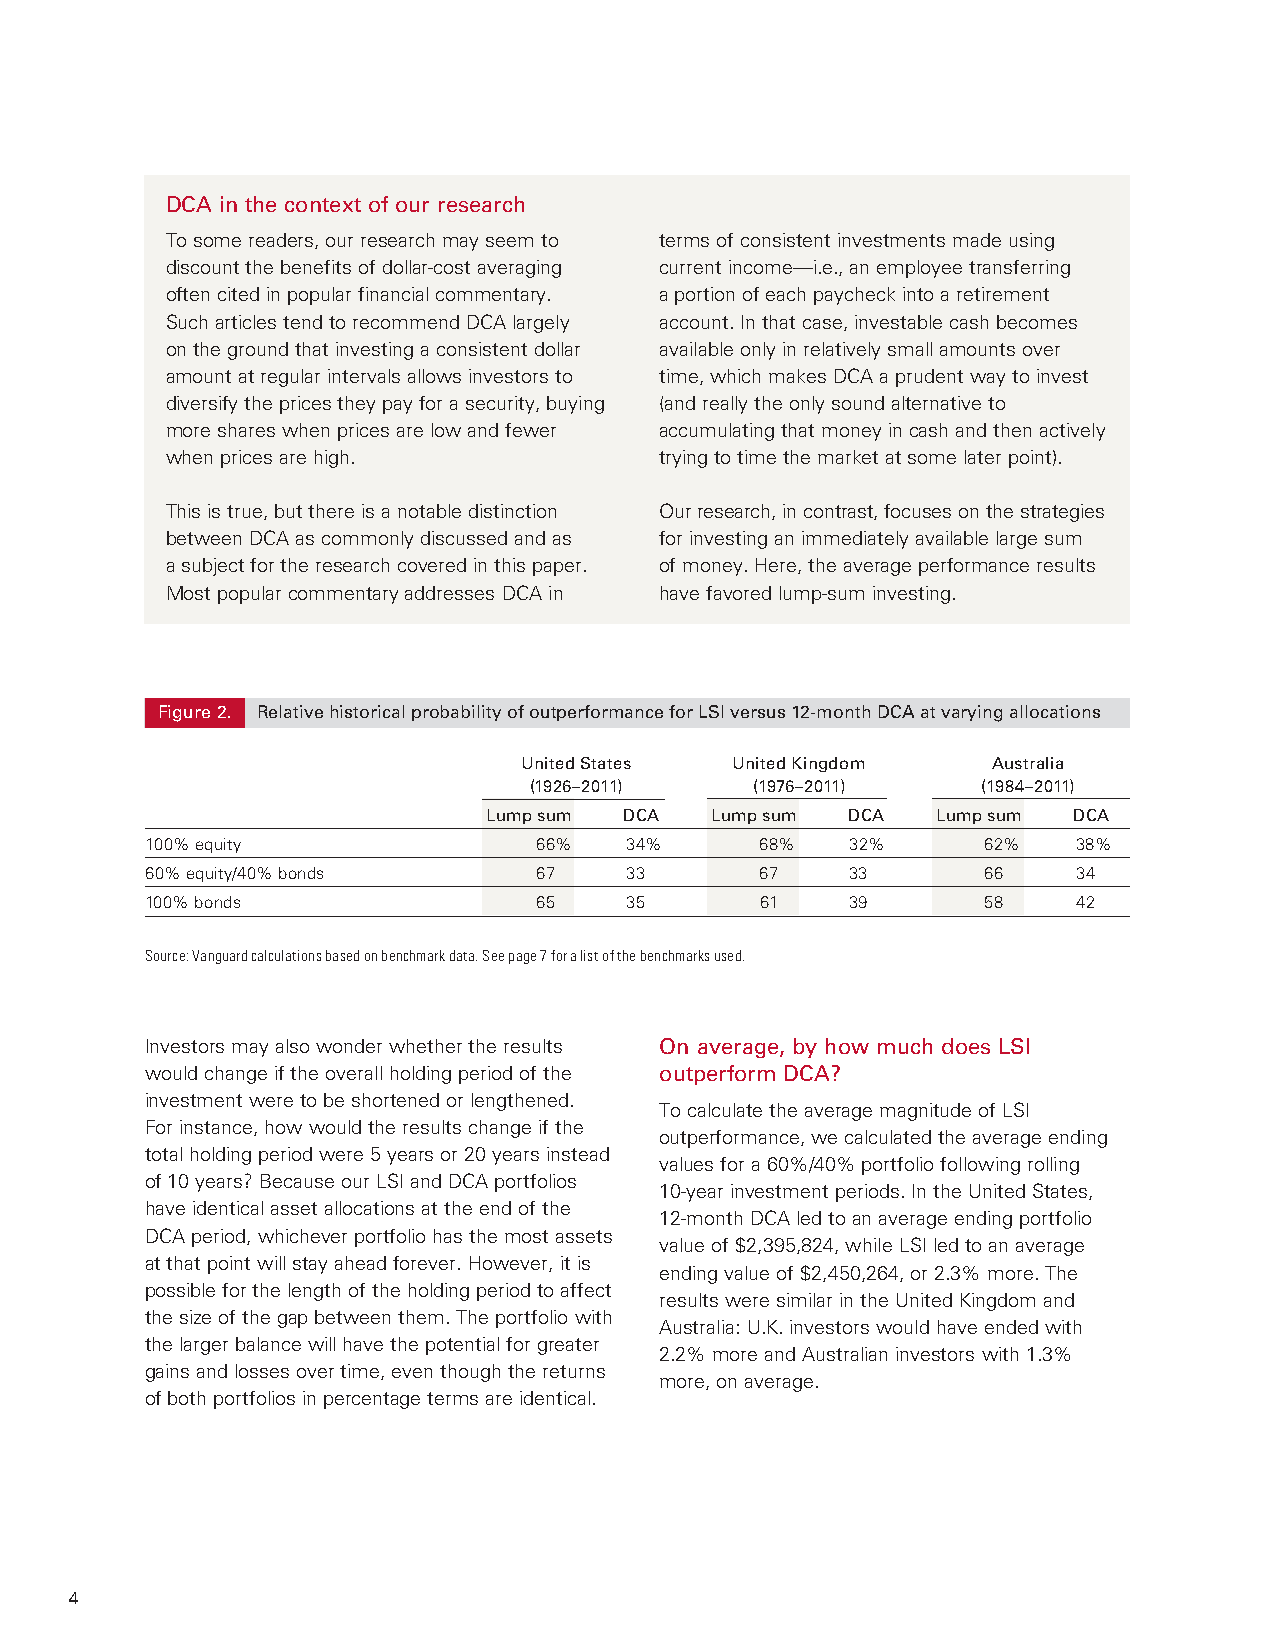
DCA in the context of our research
 To some readers, our research may seem to terms of consistent investments made using
 discount the benefits of dollar-cost averaging current income—i.e., an employee transferring
 often cited in popular financial commentary. a portion of each paycheck into a retirement
 Such articles tend to recommend DCA largely account. In that case, investable cash becomes
 on the ground that investing a consistent dollar available only in relatively small amounts over
 amount at regular intervals allows investors to time, which makes DCA a prudent way to invest
 diversify the prices they pay for a security, buying (and really the only sound alternative to
 more shares when prices are low and fewer accumulating that money in cash and then actively
 when prices are high.            trying to time the market at some later point).
 This is true, but there is a notable distinction Our research, in contrast, focuses on the strategies
 between DCA as commonly discussed and as for investing an immediately available large sum
 a subject for the research covered in this paper. of money. Here, the average performance results
 Most popular commentary addresses DCA in have favored lump-sum investing.
 Figure 2. Relative historical probability of outperformance for LSI versus 12-month DCA at varying allocations
 United States United Kingdom    Australia
 (1926–2011)    (1976–2011)    (1984–2011)
 Lump sum DCA   Lump sum DCA   Lump sum DCA
 100% equity              66%   34%      68%   32%      62%   38%
 60% equity/40% bonds      67   33       67    33       66    34
 100% bonds               65    35       61    39       58    42
 Source: Vanguard calculations based on benchmark data. See page 7 for a list of the benchmarks used.
 Investors may also wonder whether the results On average, by how much does LSI
 would change if the overall holding period of the outperform DCA?
 investment were to be shortened or lengthened.
 To calculate the average magnitude of LSI
 For instance, how would the results change if the
 outperformance, we calculated the average ending
 total holding period were 5 years or 20 years instead
 values for a 60%/40% portfolio following rolling
 of 10 years? Because our LSI and DCA portfolios
 10-year investment periods. In the United States,
 have identical asset allocations at the end of the
 12-month DCA led to an average ending portfolio
 DCA period, whichever portfolio has the most assets
 value of $2,395,824, while LSI led to an average
 at that point will stay ahead forever. However, it is
 ending value of $2,450,264, or 2.3% more. The
 possible for the length of the holding period to affect
 results were similar in the United Kingdom and
 the size of the gap between them. The portfolio with
 Australia: U.K. investors would have ended with
 the larger balance will have the potential for greater
 2.2% more and Australian investors with 1.3%
 gains and losses over time, even though the returns
 more, on average.
 of both portfolios in percentage terms are identical.
 4